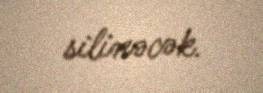
silinəcək.